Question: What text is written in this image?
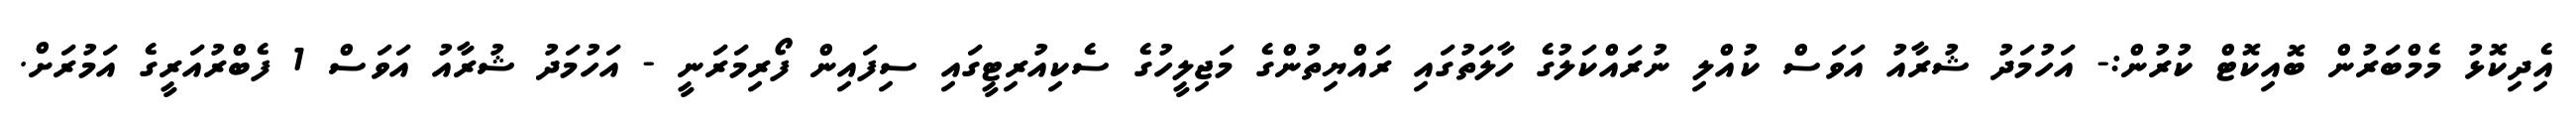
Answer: އެިދިކޮޅު މެމްބަރުން ބޮއިކޮޓް ކުރުން:- އަހުމަދު ޝުރާއު އަވަސް ކުއްލި ނުރައްކަލުގެ ހާލަތުގައި ރައްޔިތުންގެ މަޖިލީހުގެ ސެކިއުރިޓީގައި ސިފައިން ފޯރިމަރަނީ - އަހުމަދު ޝުރާއު އަވަސް 1 ފެބްރުއަރީގެ އަމުރަށް.